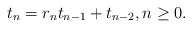
\begin{align*} t_{n}=r_{n}t_{n-1}+t_{n-2}, n\geq 0.\end{align*}